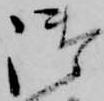
御